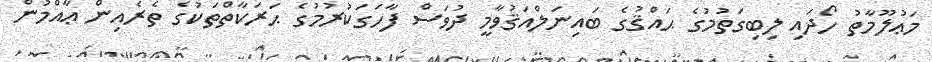
މަޢުލޫމާތު ހޯދައި ލިބިގަތުމުގެ ޙައްޤުގެ ބައިނަލްއަޤުވާމީ ދުވަސް ފާހަގަކުރުމުގެ ޙަރަކާތްތަކުގެ ތެރެއިން ޢާއްމުން